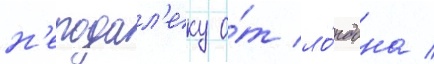
н'еподал'еку о́т ло́ндона /